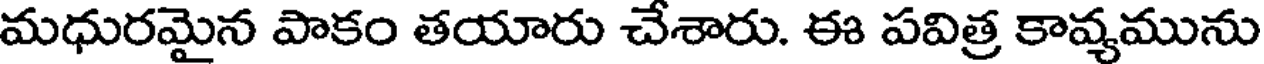
మధురమైన పాకం తయారు చేశారు. ఈ పవిత్ర కావ్యమును